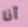
أنا